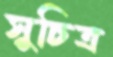
সুচিত্র